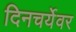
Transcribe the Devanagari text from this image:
दिनचर्येवर